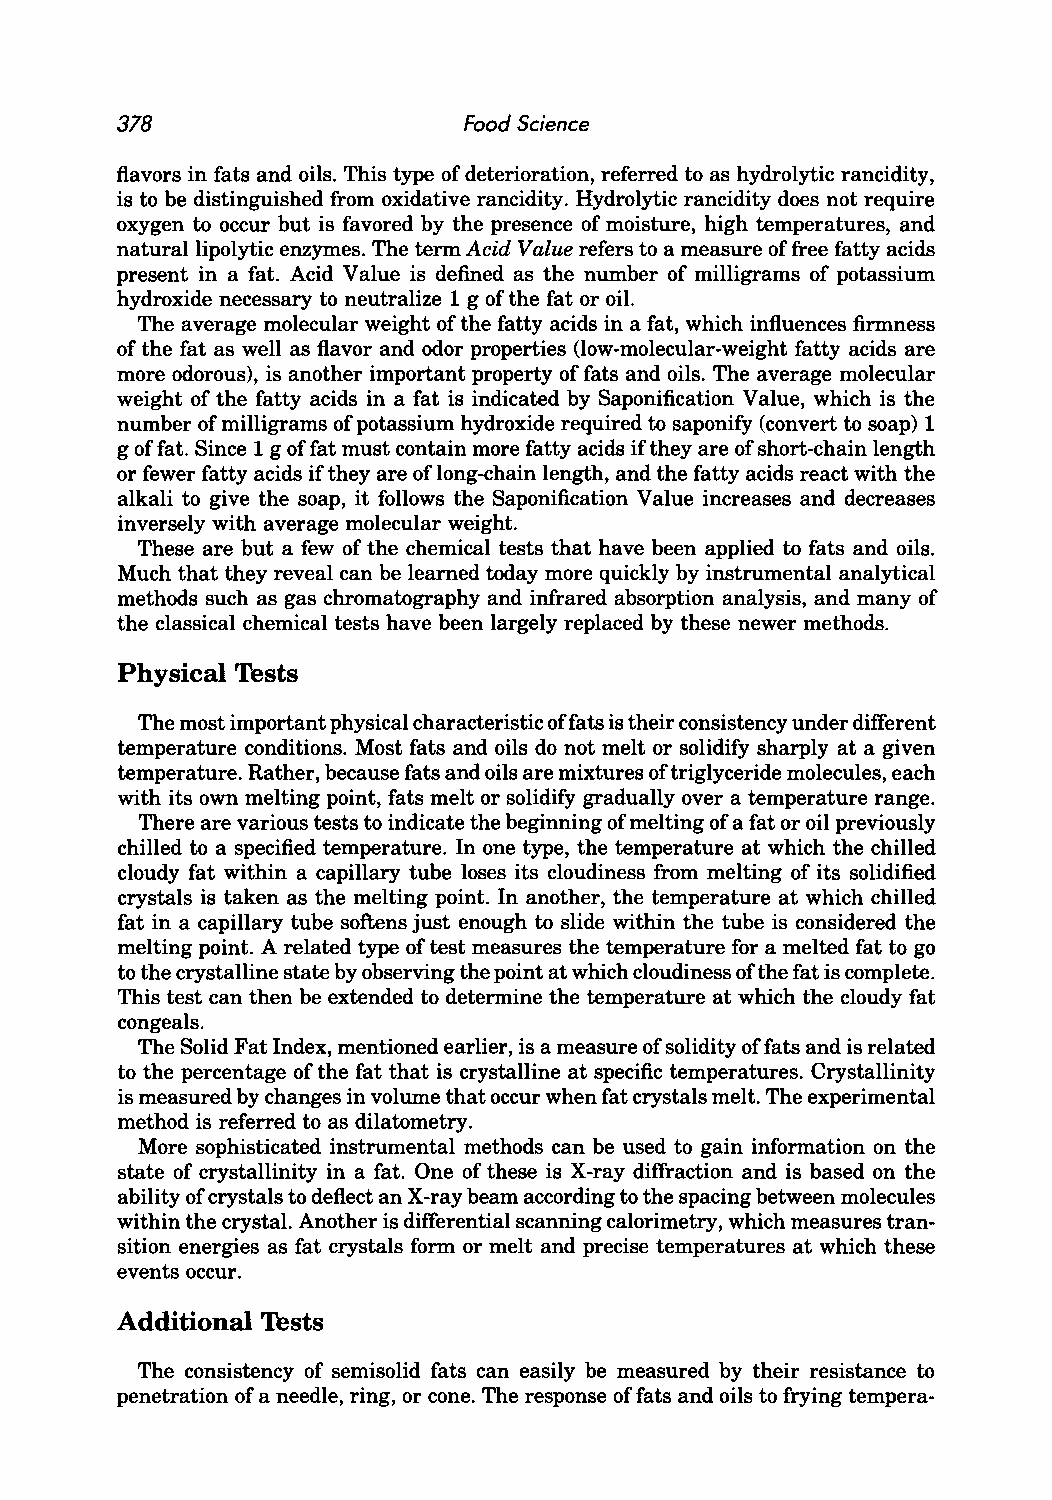
378                    Food Science
 flavors in fats and oils. This type of deterioration, referred to as hydrolytic rancidity,
 is to be distinguished from oxidative rancidity. Hydrolytic rancidity does not require
 oxygen to occur but is favored by the presence of moisture, high temperatures, and
 natural lipolytic enzymes. The term Acid Value refers to a measure of free fatty acids
 present in a fat. Acid Value is defined as the number of milligrams of potassium
 hydroxide necessary to neutralize 1 g of the fat or oil.
 The average molecular weight of the fatty acids in a fat, which influences firmness
 of the fat as well as flavor and odor properties (low-molecular-weight fatty acids are
 more odorous), is another important property of fats and oils. The average molecular
 weight of the fatty acids in a fat is indicated by Saponification Value, which is the
 number of milligrams of potassium hydroxide required to saponify (convert to soap) 1
 g of fat. Since 1 g of fat must contain more fatty acids if they are of short-chain length
 or fewer fatty acids if they are of long-chain length, and the fatty acids react with the
 alkali to give the soap, it follows the Saponification Value increases and decreases
 inversely with average molecular weight.
 These are but a few of the chemical tests that have been applied to fats and oils.
 Much that they reveal can be learned today more quickly by instrumental analytical
 methods such as gas chromatography and infrared absorption analysis, and many of
 the classical chemical tests have been largely replaced by these newer methods.
 Physical Tests
 The most important physical characteristic of fats is their consistency under different
 temperature conditions. Most fats and oils do not melt or solidify sharply at a given
 temperature. Rather, because fats and oils are mixtures oftriglyceride molecules, each
 with its own melting point, fats melt or solidify gradually over a temperature range.
 There are various tests to indicate the beginning of melting of a fat or oil previously
 chilled to a specified temperature. In one type, the temperature at which the chilled
 cloudy fat within a capillary tube loses its cloudiness from melting of its solidified
 crystals is taken as the melting point. In another, the temperature at which chilled
 fat in a capillary tube softens just enough to slide within the tube is considered the
 melting point. A related type of test measures the temperature for a melted fat to go
 to the crystalline state by observing the point at which cloudiness ofthe fat is complete.
 This test can then be extended to determine the temperature at which the cloudy fat
 congeals.
 The Solid Fat Index, mentioned earlier, is a measure of solidity of fats and is related
 to the percentage of the fat that is crystalline at specific temperatures. Crystallinity
 is measured by changes in volume that occur when fat crystals melt. The experimental
 method is referred to as dilatometry.
 More sophisticated instrumental methods can be used to gain information on the
 state of crystallinity in a fat. One of these is X-ray diffraction and is based on the
 ability of crystals to deflect an X-ray beam according to the spacing between molecules
 within the crystal. Another is differential scanning calorimetry, which measures tran
 sition energies as fat crystals form or melt and precise temperatures at which these
 events occur.
 Additional Tests
 The consistency of semisolid fats can easily be measured by their resistance to
 penetration of a needle, ring, or cone. The response of fats and oils to frying tempera-